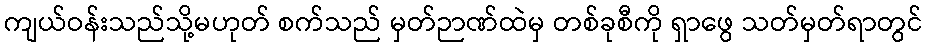
ကျယ်ဝန်းသည်သို့မဟုတ် စက်သည် မှတ်ဉာဏ်ထဲမှ တစ်ခုစီကို ရှာဖွေ သတ်မှတ်ရာတွင်